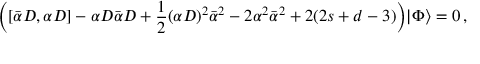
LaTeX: \Bigl ( [ \bar { \alpha } D , \alpha D ] - \alpha D \bar { \alpha } D + \frac { 1 } { 2 } ( \alpha D ) ^ { 2 } \bar { \alpha } ^ { 2 } - 2 \alpha ^ { 2 } \bar { \alpha } ^ { 2 } + 2 ( 2 s + d - 3 ) \Bigr ) | \Phi \rangle = 0 \, ,